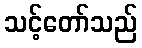
သင့်တော်သည်